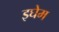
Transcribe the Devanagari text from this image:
इघेम